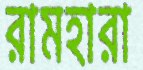
রামহারা